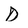
Character: D